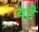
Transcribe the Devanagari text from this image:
यदे